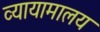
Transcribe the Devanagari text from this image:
व्यायामालय